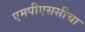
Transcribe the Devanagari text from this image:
एमपीएससीचा